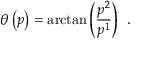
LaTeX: \theta \left( p \right) = \arctan \left( \frac { p ^ { 2 } } { p ^ { 1 } } \right) \; \, .